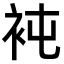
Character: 𧘸